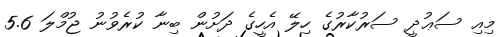
މިއި ސަޢުދީ ސަރުކާރުގެ ހިލޭ އެހީގެ ދަށުން ބިނާ ކުރެވުނު ޖުމްލަ 5.6